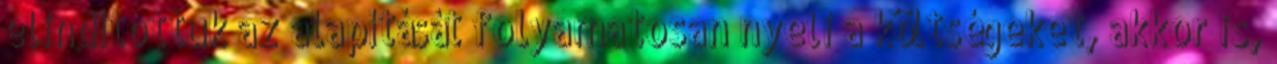
elindítottuk az alapítását folyamatosan nyeli a költségeket, akkor is,